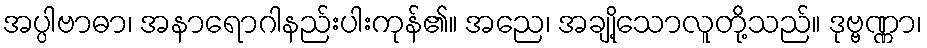
အပ္ပါဗာဓာ၊ အနာရောဂါနည်းပါးကုန်၏။ အညေ၊ အချို့သောလူတို့သည်။ ဒုဗ္ဗဏ္ဏာ၊